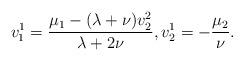
LaTeX: \begin{align*}v^1_1=\frac{\mu_1-(\lambda+\nu)v^2_2}{\lambda+2\nu},v^1_2=-\frac{\mu_2}{\nu}. \end{align*}